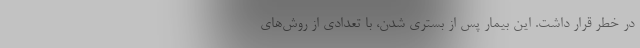
در خطر قرار داشت. این بیمار پس از بستری شدن، با تعدادی از روش‌های